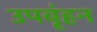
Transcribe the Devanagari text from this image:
उपबृंहन